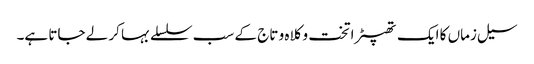
سیل زماں کا ایک تھپیڑا تخت و کلاہ و تاج کے سب سلسلے بہا کر لے جاتا ہے۔